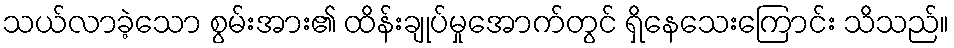
သယ်လာခဲ့သော စွမ်းအား၏ ထိန်းချုပ်မှုအောက်တွင် ရှိနေသေးကြောင်း သိသည်။